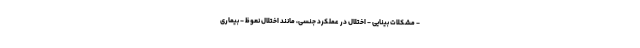
- مشکلات بینایی - اختلال در عملکرد جنسی، مانند اختلال نعوظ - بیماری